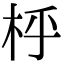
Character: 㭔